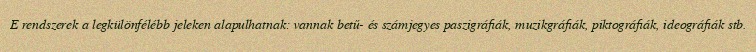
E rendszerek a legkülönfélébb jeleken alapulhatnak: vannak betű- és számjegyes paszigráfiák, muzikgráfiák, piktográfiák, ideográfiák stb.